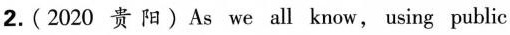
2.(2020 贵 阳)As we all know, using public